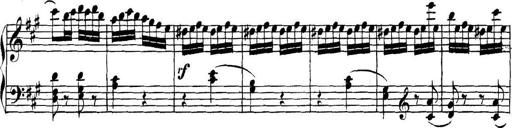
Title: Collected Piano Sonatas
Composer: Muzio Clementi